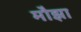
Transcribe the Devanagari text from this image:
मौझा